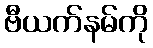
ဗီယက်နမ်ကို